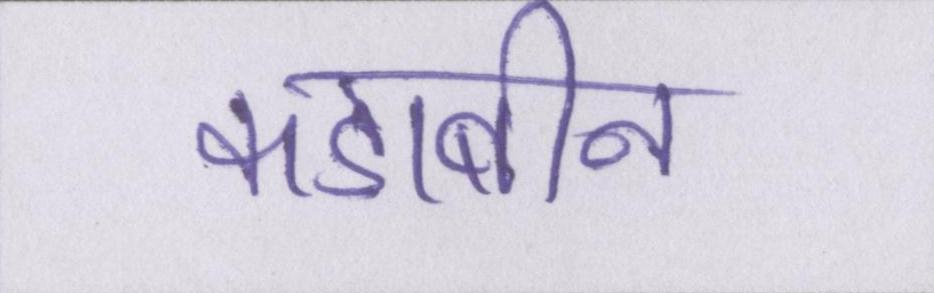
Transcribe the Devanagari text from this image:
कडाबीन